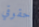
حقوقي